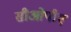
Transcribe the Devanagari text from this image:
सीओपीए